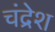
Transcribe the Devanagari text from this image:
चंद्रेश